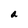
Character: a